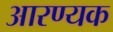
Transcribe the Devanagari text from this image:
आरण्‍यक